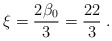
\begin{align*}\xi =\frac{2\beta _{0}}{3}=\frac{22}{3}\;. \end{align*}